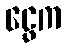
ငွေက